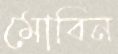
মোবিন